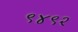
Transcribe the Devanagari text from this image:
९४९२